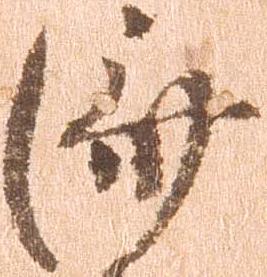
済